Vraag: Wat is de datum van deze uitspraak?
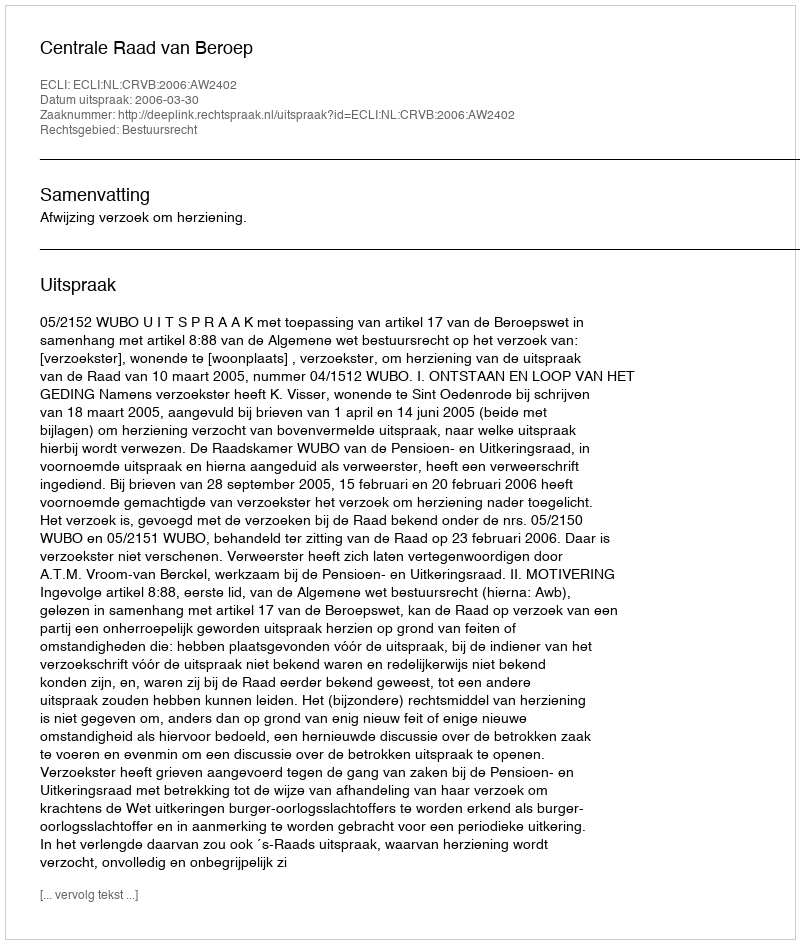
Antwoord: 2006-03-30